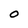
Character: o